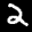
Label: 2